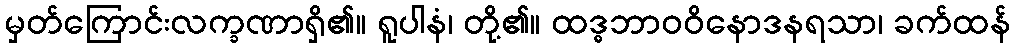
မှတ်ကြောင်းလက္ခဏာရှိ၏။ ရူပါနံ၊ တို့၏။ ထဒ္ဓဘာဝဝိနောဒနရသာ၊ ခက်ထန်